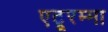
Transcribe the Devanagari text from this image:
एटूरम्मा